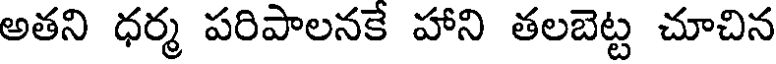
అతని ధర్మ పరిపాలనకే హాని తలబెట్ట చూచిన